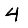
Digit: 4